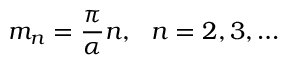
m _ { n } = \frac { \pi } { \alpha } n , \ \ n = 2 , 3 , \ldots